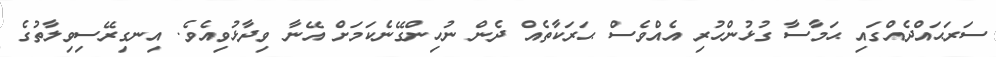
ސަރަޙައްދެއްގައި ޙަމާސާ ގުޅުންހުރި އެއްވެސް ޙަރަކާތެއް ދެން ނުހިންގޭނެކަމަށް އޭނާ ވިދާޅުވިއެވެ. އިނގިރޭސިވިލާތުގެ